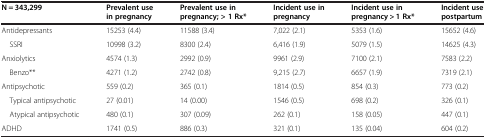
| N = 343,299 | Prevalent use in pregnancy | Prevalent use in pregnancy; > 1 Rx* | Incident use in pregnancy | Incident use in pregnancy > 1 Rx* | Incident use postpartum |
 | --- | --- | --- | --- | --- | --- |
 | Antidepressants | 15253 (4.4) | 11588 (3.4) | 7,022 (2.1) | 5353 (1.6) | 15652 (4.6) |
 | SSRI | 10998 (3.2) | 8300 (2.4) | 6,416 (1.9) | 5079 (1.5) | 14625 (4.3) |
 | Anxiolytics | 4574 (1.3) | 2992 (0.9) | 9961 (2.9) | 7100 (2.1) | 7583 (2.2) |
 | Benzo** | 4271 (1.2) | 2742 (0.8) | 9,215 (2.7) | 6657 (1.9) | 7319 (2.1) |
 | Antipsychotic | 559 (0.2) | 365 (0.1) | 1814 (0.5) | 854 (0.3) | 773 (0.2) |
 | Typical antipsychotic | 27 (0.01) | 14 (0.00) | 1546 (0.5) | 698 (0.2) | 326 (0.1) |
 | Atypical antipsychotic | 480 (0.1) | 307 (0.09) | 262 (0.1) | 158 (0.05) | 447 (0.1) |
 | ADHD | 1741 (0.5) | 886 (0.3) | 321 (0.1) | 135 (0.04) | 604 (0.2) |